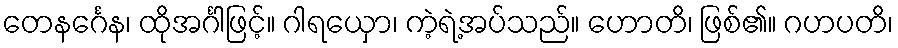
တေနင်္ဂေန၊ ထိုအင်္ဂါဖြင့်။ ဂါရယှော၊ ကဲ့ရဲ့အပ်သည်။ ဟောတိ၊ ဖြစ်၏။ ဂဟပတိ၊